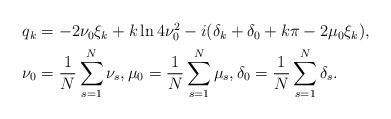
LaTeX: \begin{align*}\begin{aligned}q_k &= -2\nu _0\xi_k + k \ln 4\nu _0^2 - i (\delta _k+\delta _0 + k\pi-2\mu _0 \xi_k), \\\nu _0 &= {1 \over N } \sum_{s=1}^{N} \nu _s, \mu _0 = {1 \over N } \sum_{s=1}^{N} \mu _s, \delta _0 = {1 \over N } \sum_{s=1}^{N} \delta _s.\end{aligned}\end{align*}